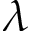
\lambda